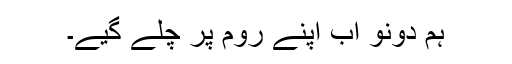
ہم دونو اَب اَپنے رُوم پر چلے گیے۔